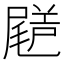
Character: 𡳗